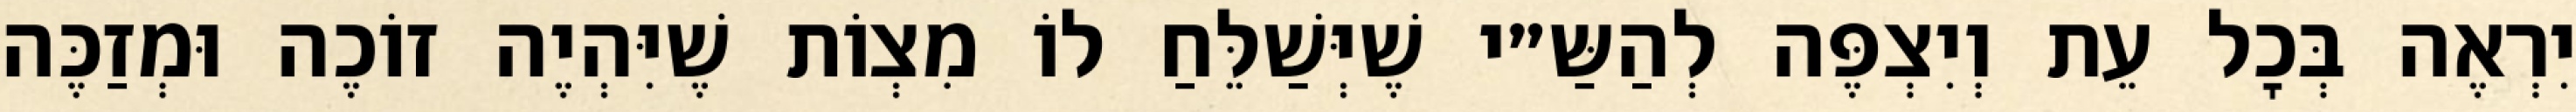
יִרְאֶה בְּכׇל עֵת וְיִצְפֶּה לְהַשַּ״י שֶׁיְּשַׁלֵּחַ לוֹ מִצְוֹת שֶׁיִּהְיֶה זוֹכֶה וּמְזַכֶּה